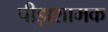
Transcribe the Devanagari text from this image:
पीड़ाशामक